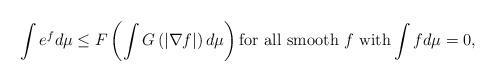
LaTeX: \begin{align*} \int e^f d\mu \leq F \left( \int G \left( |\nabla f| \right) d\mu\right) \mbox{for all smooth} \ f \ \mbox{with} \int fd\mu = 0,\end{align*}